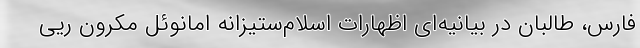
فارس، طالبان در بیانیه‌ای اظهارات اسلام‌ستیزانه امانوئل مکرون ریی